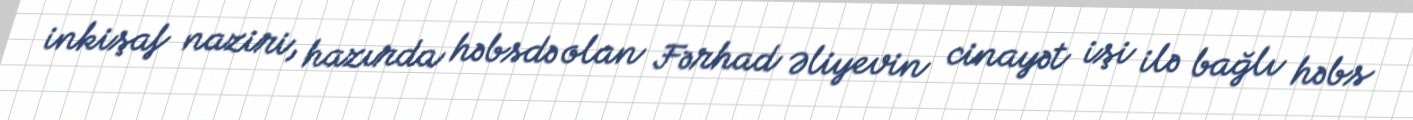
inkişaf naziri, hazırda həbsdə olan Fərhad Əliyevin cinayət işi ilə bağlı həbs